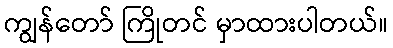
ကျွန်တော် ကြိုတင် မှာထားပါတယ်။